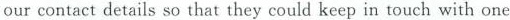
our contact details so that they could keep in touch with one